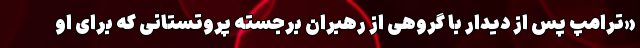
«ترامپ پس از دیدار با گروهی از رهبران برجسته پروتستانی که برای او